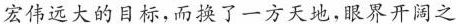
宏伟远大的目标，而换了一方天地，眼界开阔之